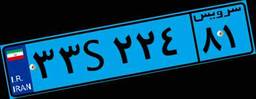
۳۳S۲۲۴۸۱